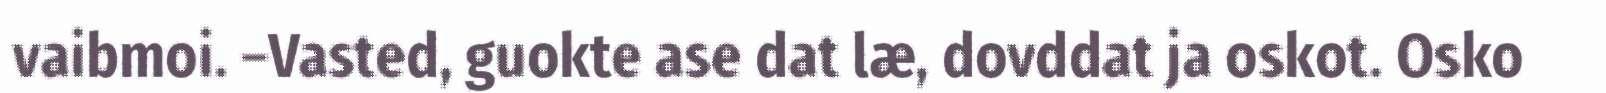
vaibmoi. –Vasted, guokte ase dat læ, dovddat ja oskot. Osko